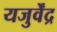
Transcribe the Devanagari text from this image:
यजुर्वेंद्र